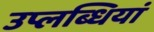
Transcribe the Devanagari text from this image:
उप्लब्धियां